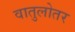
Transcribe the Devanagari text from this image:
वातुलोतर